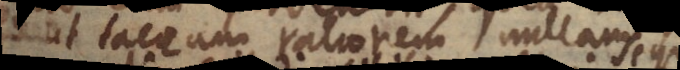
Ut taceam rationem nullam